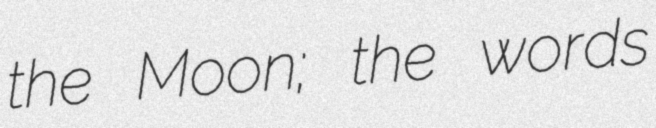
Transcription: the Moon; the words